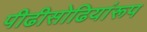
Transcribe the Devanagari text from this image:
पीढीसोढियांरूप